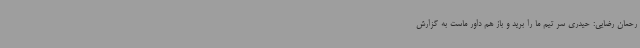
رحمان رضایی: حیدری سر تیم ما را برید و باز هم داور ماست به گزارش